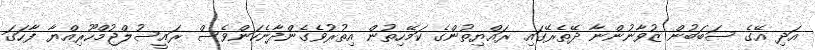
އަދި އޭގެ ސަބަބުން ޒުވާނުންނާ ދޭތެރޭގައި ރައްޔިތުންގެ ކަމޭހިތުން އިތުރުވެގެންދާނެކަންވެސް ރައީސުލްޖުމްހޫރިއްޔާ ފާހަގަ